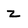
Character: z